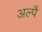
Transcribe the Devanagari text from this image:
अल्पै